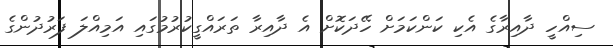
ސިއްހީ ދާއިރާގެ އެކި ކަންކަމަށް ހޭދަކޮށް އެ ދާއިރާ ތަރައްގީކުރުމުގައި އަމިއްލަ ފަރުދުންގެ